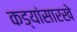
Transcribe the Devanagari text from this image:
कड्यांसारखे